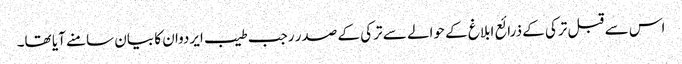
اس سے قبل ترکی کے ذرائع ابلاغ کے حوالے سے ترکی کے صدر رجب طیب ایردوان کا بیان سامنے آیا تھا۔